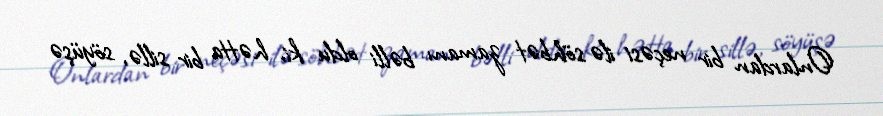
Onlardan bir neçəsi ilə söhbət zamanı bəlli oldu ki, hətta bir sillə, söyüşə